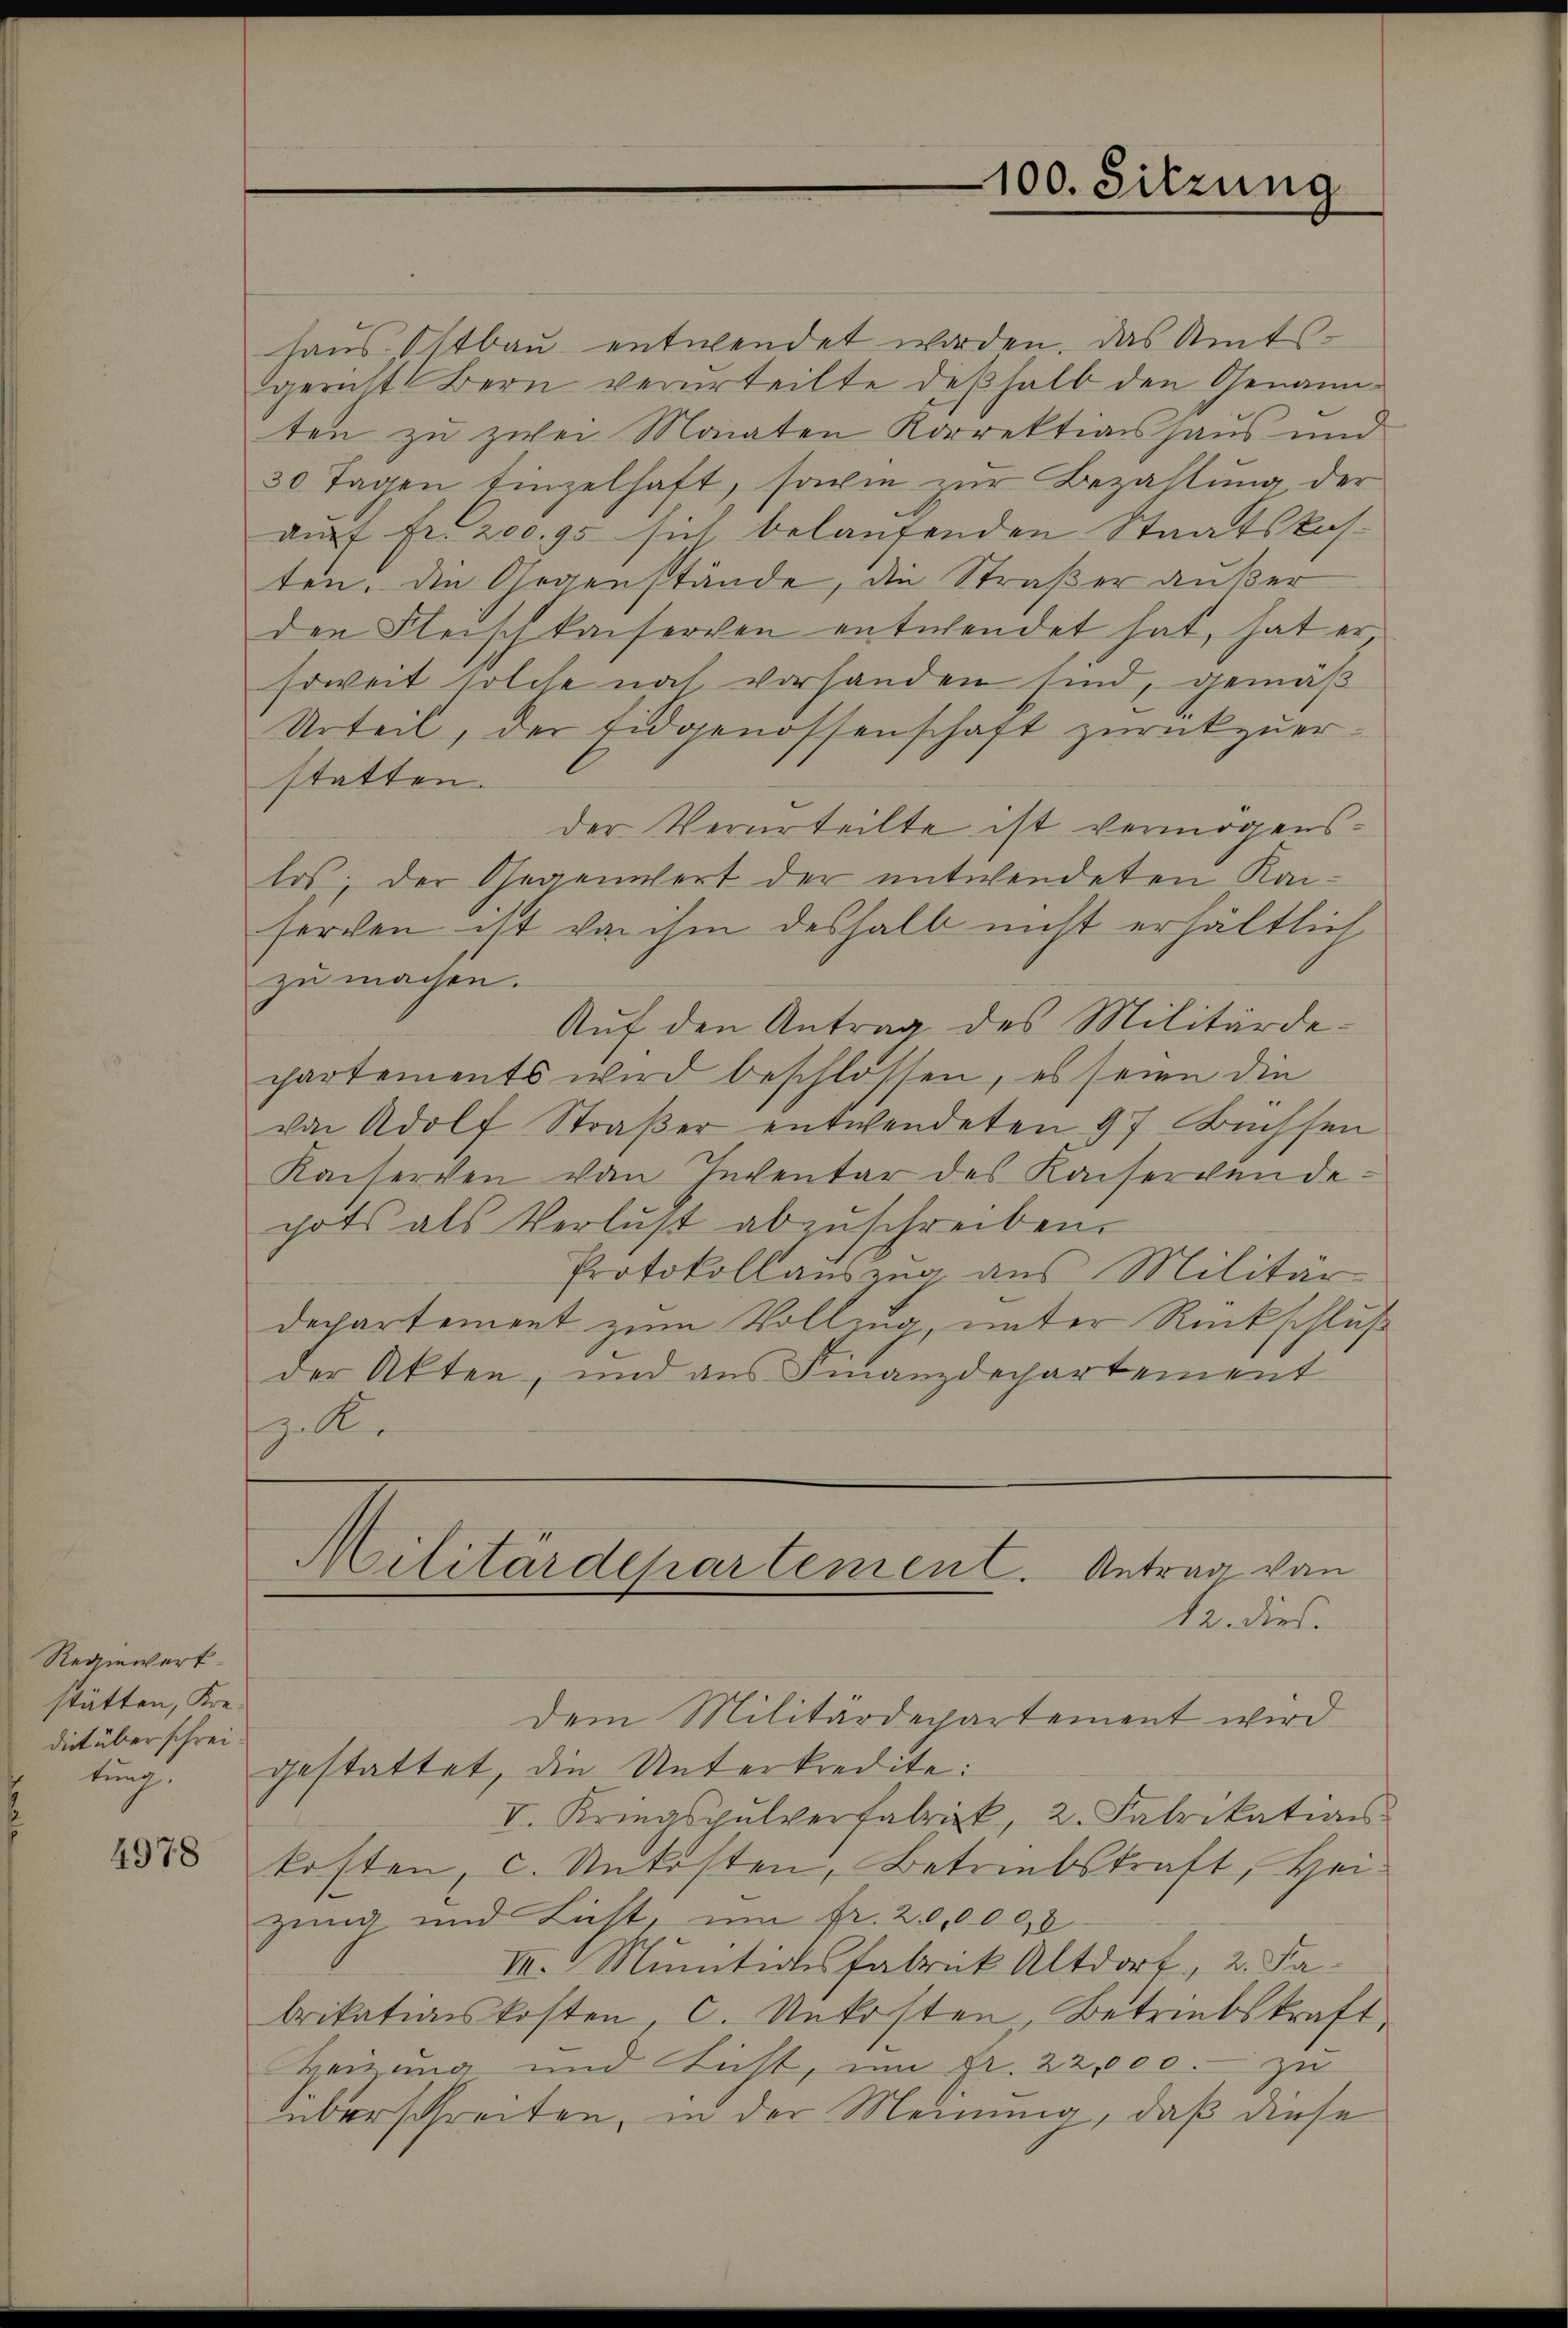
Regiewerk
stätten, Kredict überschreitung.

4978

haus Ostbau entwendet worden, das Amtsgericht Bern verurteilte deßhalb den Genann-
ten zu zwei Monaten Korrektionshaus und
30 Tagen Einzelhaft, sowie zur Bezahlung der
auf Fr. 200. 95 sich belaufenden Staatskasten. Die Gegenstände, die Straßer außer
den Fleisch kaiserven entwendet hat, hat er
soweit solche noch vorhanden sind, gemäß
Urteil, der Eidgenossenschaft zurückzuer-
statten.
der Verurteilte ist vermögenslos; der Gegenwert der entwendeten Kaiforden ist von ihm deshalb nicht erhältlich
zu machen.
Auf den Antrag des Militärdechartements wird beschlossen, es seien die
von Adolf Straßer entwendeten 97 Büchsen
Kaiserven von Inventar des Kaiserwende:
pots als Verlust abzuschreiben.
Protokoll auszug aus Militär
departement zum Vollzug unter Rückschluß
der Akten, und aus Finanzdepartement
zalle

12. dies.
dem Militärdepartement wird
gestattet, die Unterkredite:
V. Kriegspulverfabrik, 2. Fabrikation
kosten, c. Untösten, Betriebskraft, Heizung und Lust, um fr. 20,0000
III. Munitiasfabrik Altdorf, 2. Fabrikationskosten, C. Unkosten Betriebskraft
Beizung und Licht, im A. 22,000.- zu
überschreiten, in der Meinung, daß diese

Militärdepartement. Antrag von

100. Sitzung